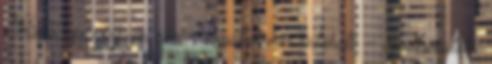
„Nincs egy rongyom sem"- olvastad már valahol? – divatbemutató: